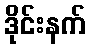
ဒိုင်းနက်